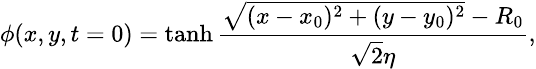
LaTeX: \small\phi(x,y,t=0)=\operatorname{tanh}\frac{\sqrt{(x-x_{0})^{2}+(y-y_{0})^{2}}-R_{0}}{\sqrt{2}\eta},